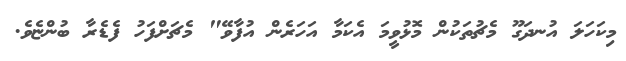
މިކަހަލަ އުނދަގޫ މެޗުތަކުން މޮޅުވީމަ އެކަމާ އަހަރެން އުފާވޭ" މެޗަށްފަހު ފެޑެރާ ބުންޏެވެ.